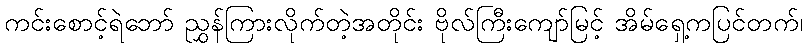
ကင်းစောင့်ရဲဘော် ညွှန်ကြားလိုက်တဲ့အတိုင်း ဗိုလ်ကြီးကျော်မြင့် အိမ်ရှေ့ကပြင်တက်၊